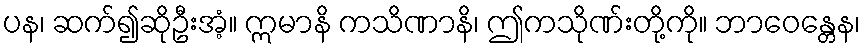
ပန၊ ဆက်၍ဆိုဦးအံ့။ ဣမာနိ ကသိဏာနိ၊ ဤကသိုဏ်းတို့ကို။ ဘာဝေန္တေန၊